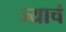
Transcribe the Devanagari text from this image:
ज्याचं